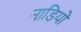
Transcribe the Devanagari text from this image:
नाड़ियों